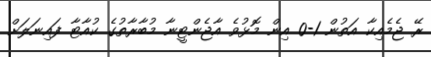
ރޭ ޖެމެއިކާ އަތުން 1-0 އިން މޮޅުވެ އާޖެންޓީނާ މުބާރާތުގެ ކުއާޓާ ފައިނަލަށް